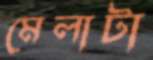
মেলাটা